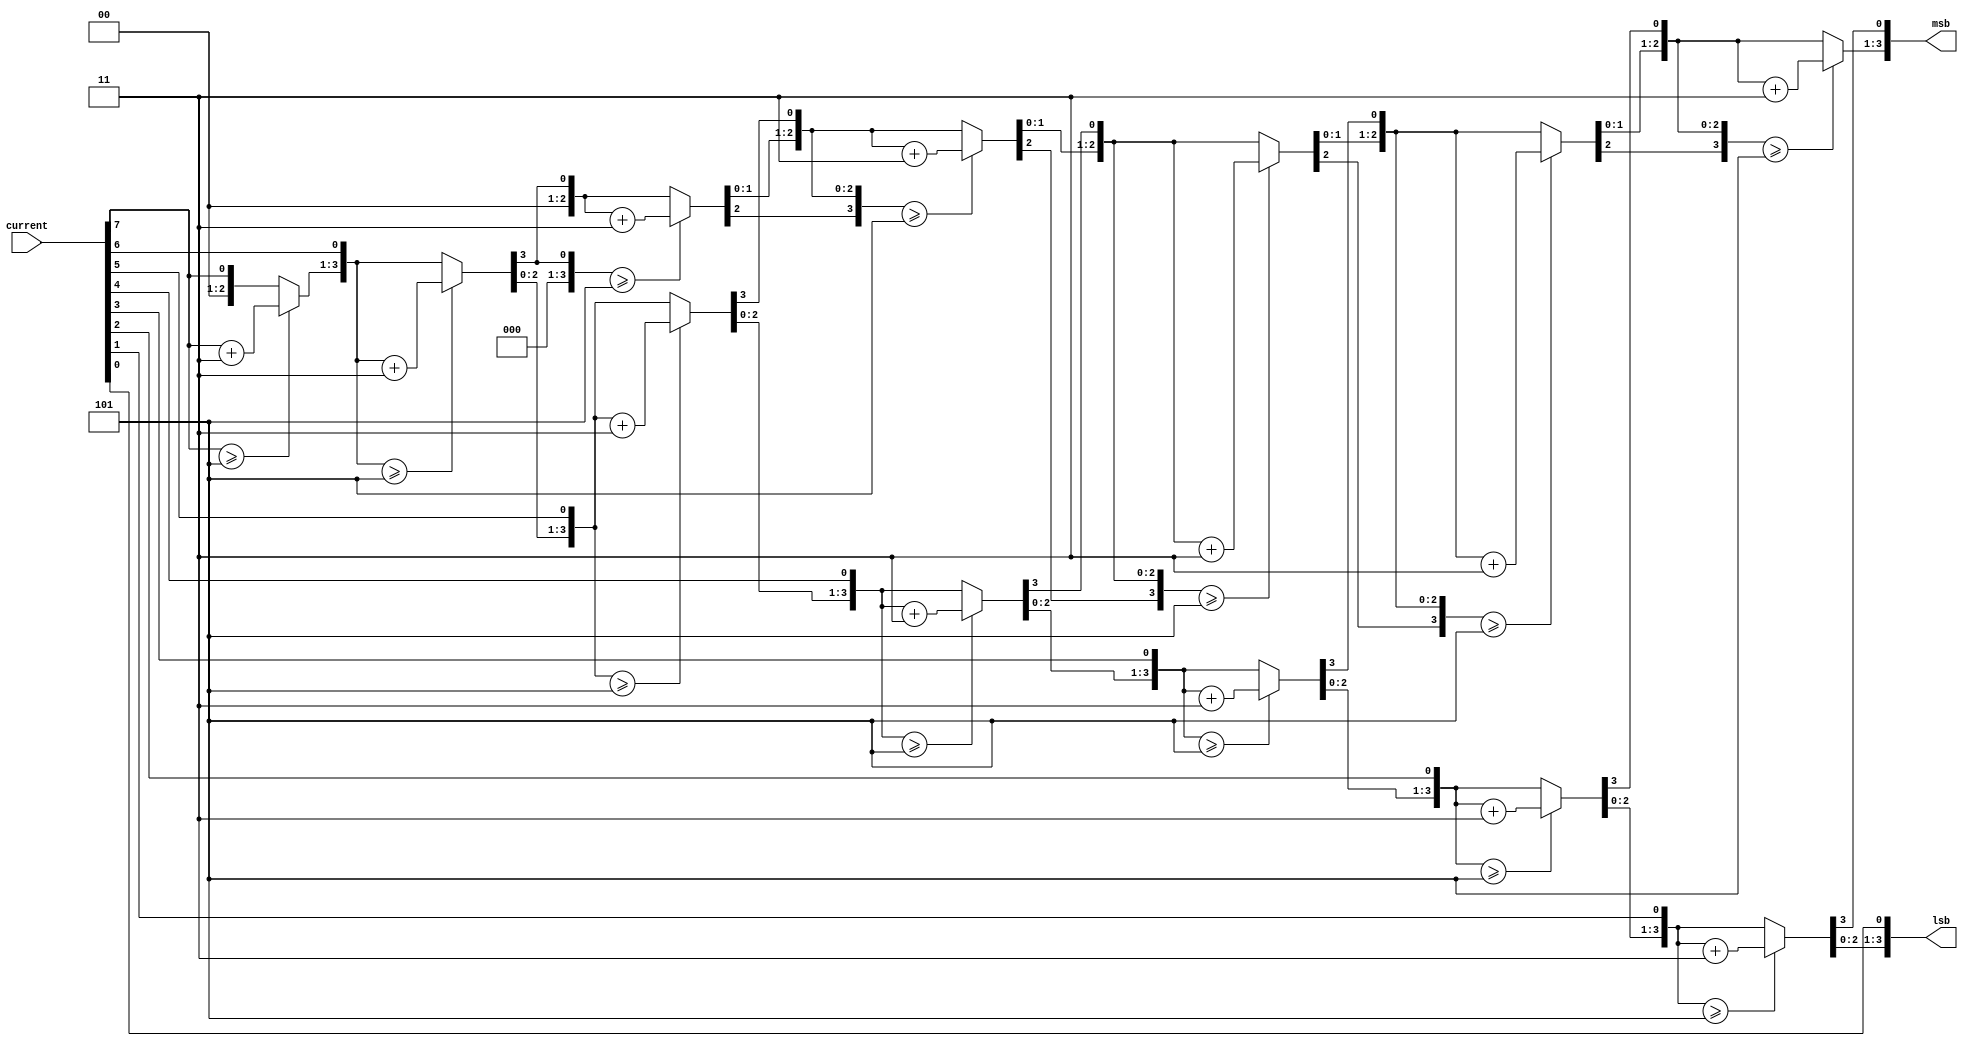
`timescale 1ns / 1ps

module bcd_convert(
    input [7:0] current,
    output reg [3:0] msb,
    output reg [3:0] lsb
    );
    
    integer i;
    always @(current)
    begin
        msb = 4'd0;
        lsb = 4'd0;
        for( i=7; i>=0 ;i=i-1)
        begin
            if(msb >=5)
                msb = msb+3;
            if(lsb >=5)
                lsb = lsb+3;        
            msb = msb <<1;
            msb [0] = lsb[3];
            lsb = lsb<<1;
            lsb[0] = current[i];
                
        end
    end

endmodule